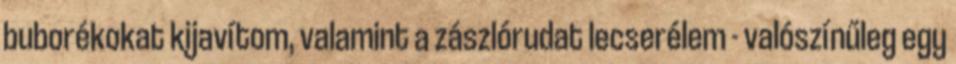
buborékokat kijavítom, valamint a zászlórudat lecserélem - valószínűleg egy